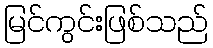
မြင်ကွင်းဖြစ်သည်